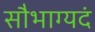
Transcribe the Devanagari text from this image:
सौभाग्यदं